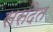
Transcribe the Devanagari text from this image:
ससंदेत